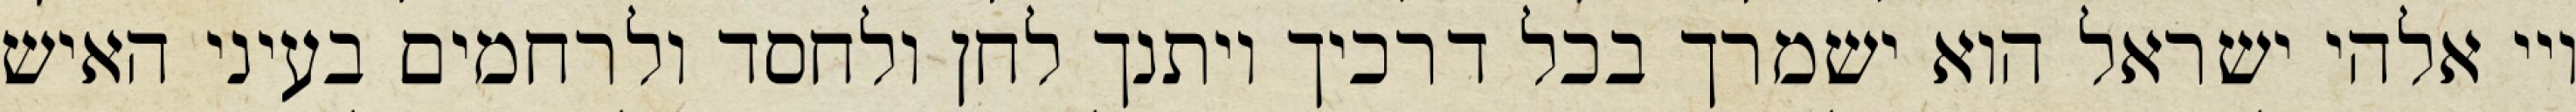
ויי אלהי ישראל הוא ישמרך בכל דרכיך ויתנך לחן ולחסד ולרחמים בעיני האיש